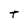
Character: t